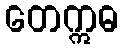
တေဣဓ